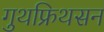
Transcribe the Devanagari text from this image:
गुथफ्रिथसन